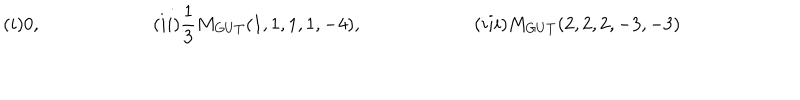
( i ) 0 , \qquad \qquad \qquad ( i i ) \frac { 1 } { 3 } M _ { G U T } ( 1 , 1 , 1 , 1 , - 4 ) , \qquad \qquad \qquad ( i i i ) M _ { G U T } ( 2 , 2 , 2 , - 3 , - 3 )